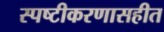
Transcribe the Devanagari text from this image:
स्पष्टीकरणासहीत